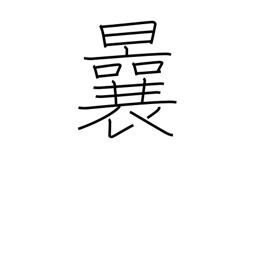
Meaning: before